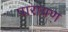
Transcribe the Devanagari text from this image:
पारायण़